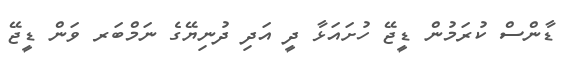
ޑާންސް ކުރަމުން ޑީޖޭ ހުށައަޅާ ދީ އަދި ދުނިޔޭގެ ނަމްބަރ ވަން ޑީޖޭ